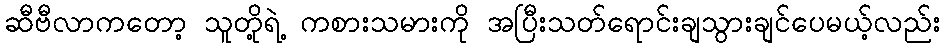
ဆီဗီလာကတော့ သူတို့ရဲ့ ကစားသမားကို အပြီးသတ်ရောင်းချသွားချင်ပေမယ့်လည်း